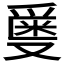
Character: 𬋯